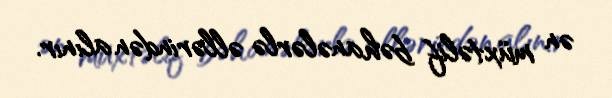
ən müxtəlif bəhanələrlə əllərindən alınır.